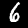
Label: 6